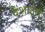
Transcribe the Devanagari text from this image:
पैशातले